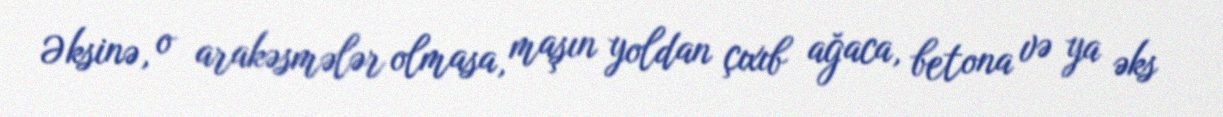
Əksinə, o arakəsmələr olmasa, maşın yoldan çıxıb ağaca, betona və ya əks